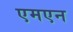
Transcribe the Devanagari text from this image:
एमएन